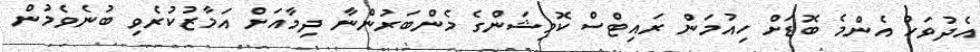
އެދުވަހު އެންމެ ބޮޑަށް ހިއުމަން ރައިޓްސް ކޮމިޝަންގެ މެންބަރުންނާ ދިމާއަށް އަމާޒުކުރެވި ބުނެވެމުން